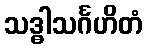
သဒ္ဓါသင်္ဂဟိတံ